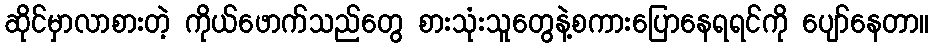
ဆိုင်မှာလာစားတဲ့ ကိုယ်ဖောက်သည်တွေ စားသုံးသူတွေနဲ့စကားပြောနေရရင်ကို ပျော်နေတာ။